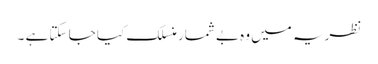
نظریہ میں وہ بے شمار منسلک کیا جا سکتا ہے ۔